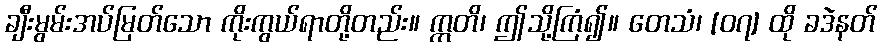
ချီးမွမ်းအပ်မြတ်သော ကိုးကွယ်ရာတို့တည်း။ ဣတိ၊ ဤသို့ကြံ၍။ တေသံ၊ [၀၇] ထို ခဒဲနတ်